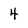
Character: 4